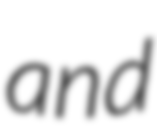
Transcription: and